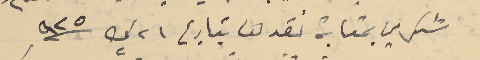
شكري بمثابة نقد لىا بتاريخ ٢١ ك٢ سنة ٩٢٥